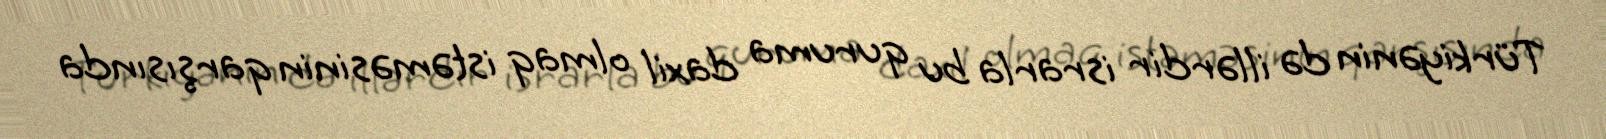
Türkiyənin də illərdir israrla bu quruma daxil olmaq istəməsinin qarşısında